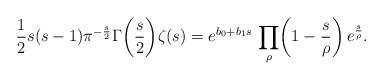
LaTeX: \begin{align*}\frac{1}{2}s(s-1)\pi^{-\frac{s}{2}}\Gamma\biggl(\frac{s}{2}\biggr)\zeta(s)={e^{b_{0}+b_{1}s}}\,\prod_{\rho}\biggl(1-\frac{s}{\rho}\biggr)\,e^{\frac{s}{\rho}}.\end{align*}